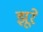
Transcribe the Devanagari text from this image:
झूरे